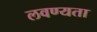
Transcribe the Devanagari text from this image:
लवण्यता